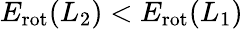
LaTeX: E_{\mathrm{rot}}(L_{2})<E_{\mathrm{rot}}(L_{1})